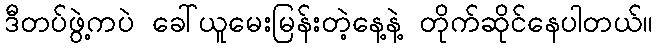
ဒီတပ်ဖွဲ့ကပဲ ခေါ်ယူမေးမြန်းတဲ့နေ့နဲ့ တိုက်ဆိုင်နေပါတယ်။